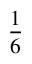
\frac { 1 } { 6 }